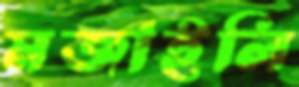
মজাইলি